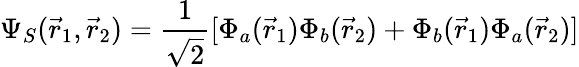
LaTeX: \Psi_{S}({\vec{r}}_{1},{\vec{r}}_{2})={\frac{1}{\sqrt{2}}}[\Phi_{a}({\vec{r}}_{1})\Phi_{b}({\vec{r}}_{2})+\Phi_{b}({\vec{r}}_{1})\Phi_{a}({\vec{r}}_{2})]